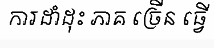
ការដាំដុះ ភាគ ច្រើន ធ្វើ